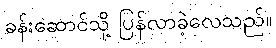
ခန်းဆောင်သို့ ပြန်လာခဲ့လေသည်။